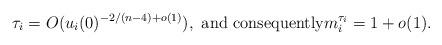
LaTeX: \begin{align*} \tau_i=O(u_{i}(0)^{-2/(n-4)+o(1)}), \mbox{ and consequently} m_i^{\tau_i}=1+o(1).\end{align*}